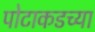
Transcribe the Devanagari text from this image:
पोटाकडच्या